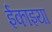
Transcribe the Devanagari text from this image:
ईकाइया